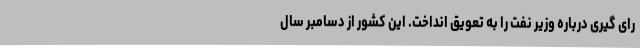
رای گیری درباره وزیر نفت را به تعویق انداخت. این کشور از دسامبر سال